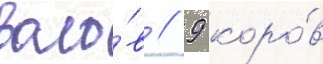
воло́в / 9 коро́в